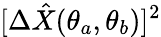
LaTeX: [\Delta\hat{X}(\theta_{a},\theta_{b})]^{2}